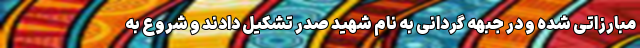
مبارزاتی شده و در جبهه گردانی به نام شهید صدر تشکیل دادند و شروع به